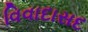
વિવાદાસદ